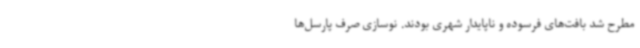
مطرح شد بافت‌های فرسوده و ناپایدار شهری بودند. نوسازی صرف پارسل‌ها